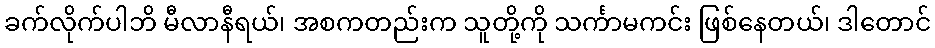
ခက်လိုက်ပါဘိ မီလာနီရယ်၊ အစကတည်းက သူတို့ကို သင်္ကာမကင်း ဖြစ်နေတယ်၊ ဒါတောင်